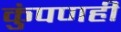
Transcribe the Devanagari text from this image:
कुंपणही